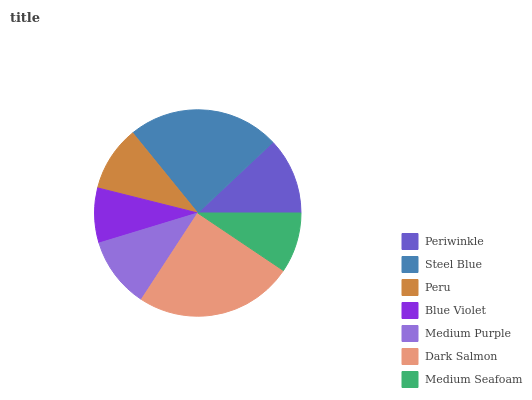
| Periwinkle | Steel Blue | Peru | Blue Violet | Medium Purple | Dark Salmon | Medium Seafoam |
 | --- | --- | --- | --- | --- | --- | --- |
 | 12% | 23.9% | 10.2% | 8.6% | 11.1% | 24.8% | 9.41% |